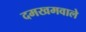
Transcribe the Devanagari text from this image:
दमखमवाले